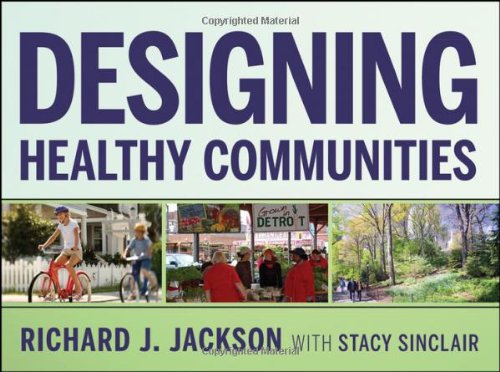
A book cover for Designing Healthy Communities; Richard J. Jackson; Medical Books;